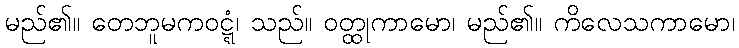
မည်၏။ တေဘူမကဝဋ္ဋံ၊ သည်။ ဝတ္ထုကာမော၊ မည်၏။ ကိလေသကာမော၊